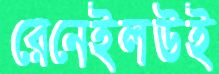
রেনেইলউই